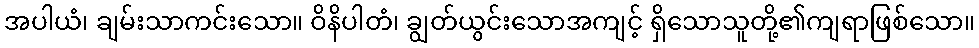
အပါယံ၊ ချမ်းသာကင်းသော။ ဝိနိပါတံ၊ ချွတ်ယွင်းသောအကျင့် ရှိသောသူတို့၏ကျရာဖြစ်သော။